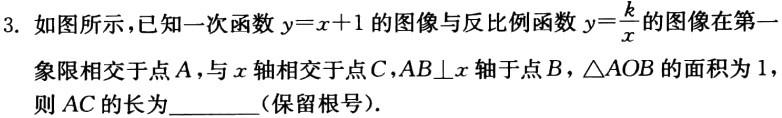
3. 如图所示，已知一次函数\(y = x + 1\)的图像与反比例函数\(y=\frac{k}{x}\)的图像在第一象限相交于点\(A\)，与\(x\)轴相交于点\(C\)，\(AB\bot x\)轴于\(B\)，\(\triangle AOB\)的面积为\(1\)，则\(AC\)的长为________（保留根号）.